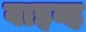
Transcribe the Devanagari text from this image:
वाइव्ह